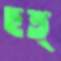
ছত্